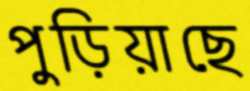
পুড়িয়াছে